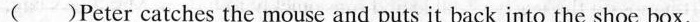
( )Peter catches the mouse and puts it back into the shoe box.